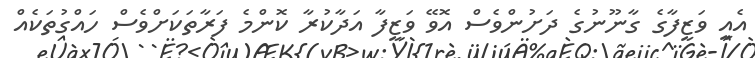
އެއީ ވަޒީފާގެ ގާނޫނުގެ ދަށުންވެސް އޮވޭ ވަޒީފާ އަދާކުރާ ކޮންމެ ފަރާތަކަށްވެސް ހައްގުތަކެއް